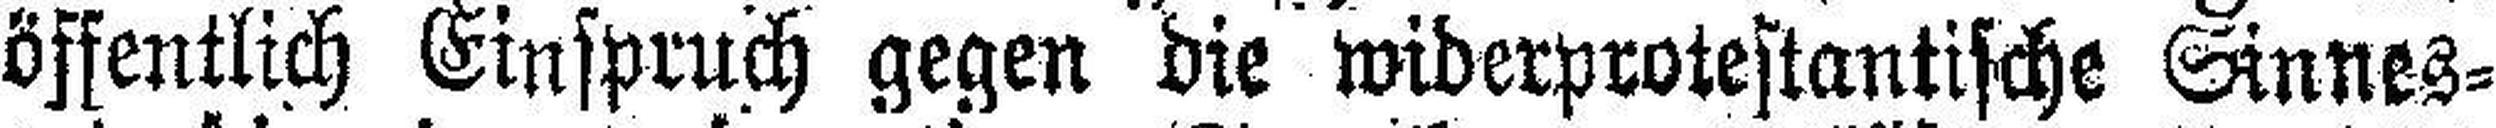
öffentlich Einspruch gegen die widerprotestantische Sinnes¬